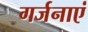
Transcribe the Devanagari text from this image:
गर्जनाएं